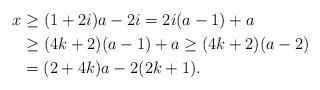
LaTeX: \begin{align*}x & \geq (1+2i) a - 2 i = 2i (a-1) + a\\& \geq (4k+2) (a-1) + a \geq (4k+2) (a-2) \\& = (2 + 4k) a - 2 (2k+1).\end{align*}